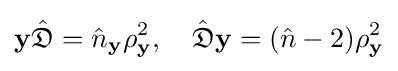
\mathbf {y} {\hat {\mathfrak {D}}}={\hat {n}}_{\mathbf {y} }\rho _{\mathbf {y} }^{2},\quad {\hat {\mathfrak {D}}}\mathbf {y} =({\hat {n}}-2)\rho _{\mathbf {y} }^{2}